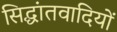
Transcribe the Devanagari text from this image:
सिद्धांतवादियों